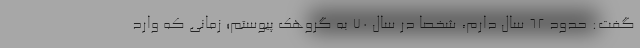
گفت: حدود ۶۲ سال دارم، شخصا در سال ۷۰ به گروهک پیوستم؛ زمانی که وارد